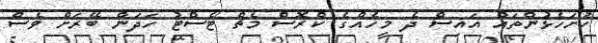
ހުށަހެޅުންތައް އައިސް ދެ މީހެއްގެ ކްރޮސް މެޗް ޓެސްޓު ހަދަން ބޭރަށް ވެސް